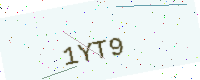
Text: 1YT9